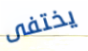
يختفى